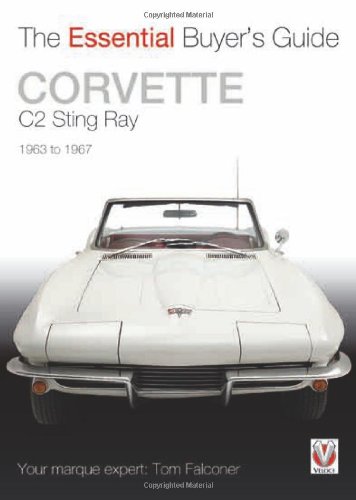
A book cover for Corvette C2 Sting Ray: 1963-1967 (The Essential Buyer's Guide); Tom Falconer; Engineering & Transportation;